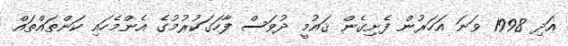
އަދި 1998 ވަނަ އަހަރުން ފެށިގެން ޤައުމީ ދުވަސް ފާހަގަކުރުމުގެ އެންމެހައި ކަންތައްތައް